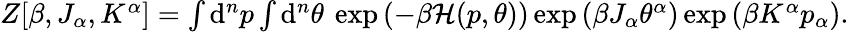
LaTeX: \begin{array}{r}{Z[\beta,J_{\alpha},K^{\alpha}]=\int\mathrm{d}^{n}p\int\mathrm{d}^{n}\theta\: \exp\left(-\beta\mathcal{H}(p,\theta)\right)\exp\left(\beta J_{\alpha}\theta^{\alpha}\right)\exp\left(\beta K^{\alpha}p_{\alpha}\right).}\end{array}